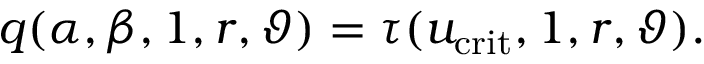
q ( \alpha , \beta , 1 , r , \vartheta ) = \tau ( u _ { \mathrm { c r i t } } , 1 , r , \vartheta ) .